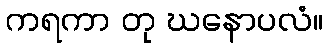
ကရကာ တု ဃနောပလံ။